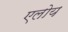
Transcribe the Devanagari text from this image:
एलोय